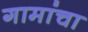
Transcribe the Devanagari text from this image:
गामांचा